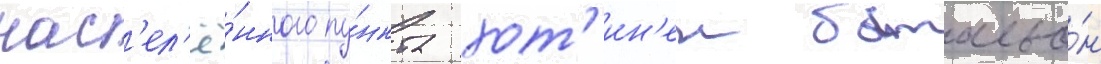
нас'ел'ё́нного пу́нкта хот'ин'ен батальо́н